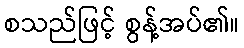
စသည်ဖြင့် စွန့်အပ်၏။